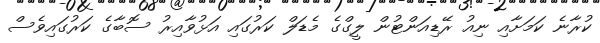
ކުރާނެ ކަމަށާއި ނިއު ރޭޑިއަންޓުން ލީގްގެ މެޑަލް ކަރުގައި އަޅުވާއިރު ސޮބާގެ ކަރުގައިވެސް